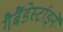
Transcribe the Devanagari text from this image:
गैबैंडेर्स्टाइने